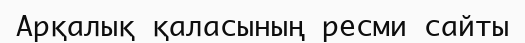
Арқалық қаласының ресми сайты